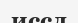
иссл